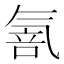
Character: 𱥫